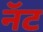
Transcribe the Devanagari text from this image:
नॅट